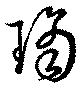
璚